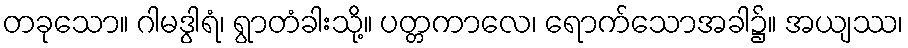
တခုသော။ ဂါမဒွါရံ၊ ရွာတံခါးသို့။ ပတ္တကာလေ၊ ရောက်သောအခါ၌။ အယျဿ၊